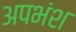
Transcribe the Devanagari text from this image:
अपभंश